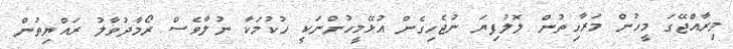
މިރާއްޖޭގަ މީހުން މަރާހިތުން ލޮލުފިޔަ ނުޖެހިގެން އުޅޭމީހުންނަކީ ހުކުމަކާ ނުލާވެސް ރޯމާދުވާލު ރައްޔިތުން